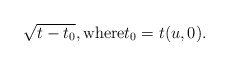
\begin{align*} \sqrt{t-t_0},\textrm{where}t_0=t(u,0).\end{align*}